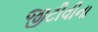
જીટીવીના